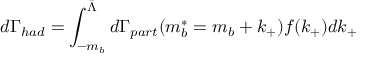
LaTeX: d \Gamma _ { h a d } = \int _ { - m _ { b } } ^ { \bar { \Lambda } } d \Gamma _ { p a r t } ( m _ { b } ^ { * } = m _ { b } + k _ { + } ) f ( k _ { + } ) d k _ { + }